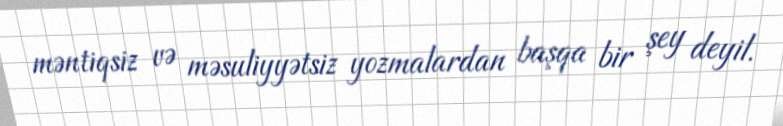
məntiqsiz və məsuliyyətsiz yozmalardan başqa bir şey deyil.